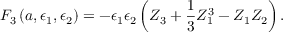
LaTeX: { \cal F } _ { 3 } \left( a , \epsilon _ { 1 } , \epsilon _ { 2 } \right) = - \epsilon _ { 1 } \epsilon _ { 2 } \left( Z _ { 3 } + \frac { 1 } { 3 } Z _ { 1 } ^ { 3 } - Z _ { 1 } Z _ { 2 } \right) .